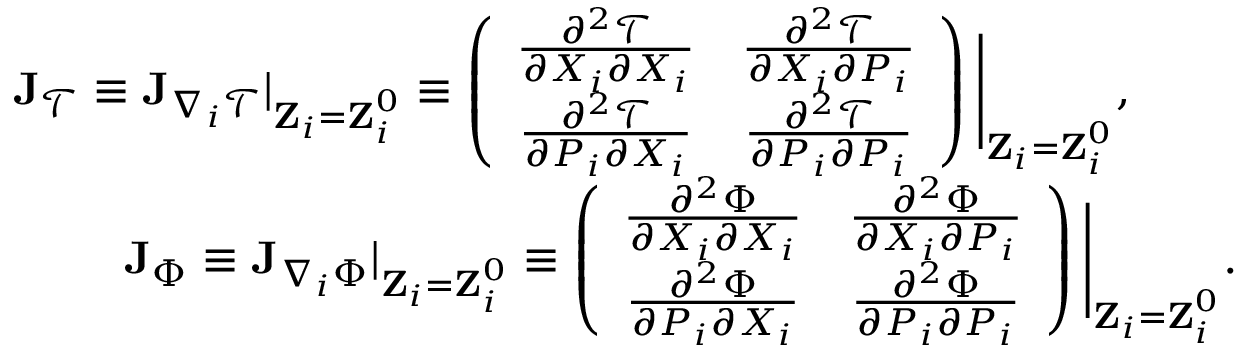
\begin{array} { r l r } & { } & { { \bf J } _ { \mathcal { T } } \equiv { \bf J } _ { \nabla _ { i } \mathcal { T } } | _ { { \bf Z } _ { i } = { \bf Z } _ { i } ^ { 0 } } \equiv \left( \begin{array} { c c } { \frac { \partial ^ { 2 } \mathcal { T } } { \partial X _ { i } \partial X _ { i } } } & { \frac { \partial ^ { 2 } \mathcal { T } } { \partial X _ { i } \partial P _ { i } } } \\ { \frac { \partial ^ { 2 } \mathcal { T } } { \partial P _ { i } \partial X _ { i } } } & { \frac { \partial ^ { 2 } \mathcal { T } } { \partial P _ { i } \partial P _ { i } } } \end{array} \right) \Bigg \vert _ { { \bf Z } _ { i } = { \bf Z } _ { i } ^ { 0 } } , \ \ \ \ \ \ \ } \\ & { } & { { \bf J } _ { \Phi } \equiv { \bf J } _ { \nabla _ { i } \Phi } | _ { { \bf Z } _ { i } = { \bf Z } _ { i } ^ { 0 } } \equiv \left( \begin{array} { c c } { \frac { \partial ^ { 2 } \Phi } { \partial X _ { i } \partial X _ { i } } } & { \frac { \partial ^ { 2 } \Phi } { \partial X _ { i } \partial P _ { i } } } \\ { \frac { \partial ^ { 2 } \Phi } { \partial P _ { i } \partial X _ { i } } } & { \frac { \partial ^ { 2 } \Phi } { \partial P _ { i } \partial P _ { i } } } \end{array} \right) \Bigg \vert _ { { \bf Z } _ { i } = { \bf Z } _ { i } ^ { 0 } } . } \end{array}